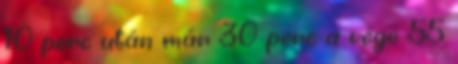
10 perc után már 30 perc a vége 55